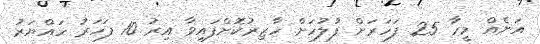
އަނެއް މީހާ 25 ފަހަރަށް ފުލުހަށް ހާޒިރުކޮށްފައިވާ އިރު 10 ފަހަރު ހައްޔަރު